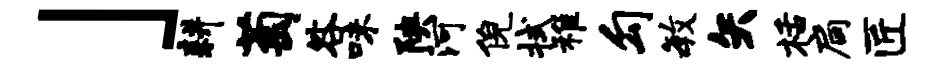
」耕萄咎味陕河倪拭稚勾毓矢栝扃匠